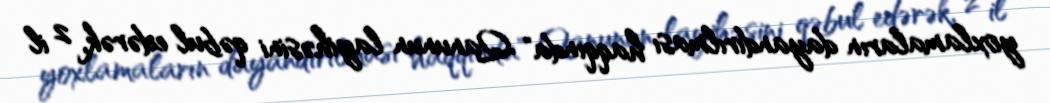
yoxlamaların dayandırılması haqqında" Qanunun layihəsini qəbul edərək, 2 il